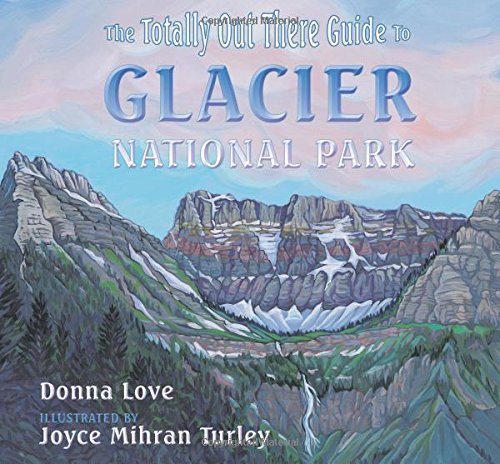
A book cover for The Totally Out There Guide to Glacier National Park; Donna Love; Teen & Young Adult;